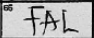
Transcription: FAL